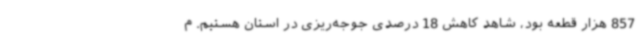
857 هزار قطعه بود، شاهد کاهش 18 درصدی جوجه‌ریزی در استان هستیم. م